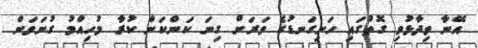
އޭނާ ވިދާޅުވި ގޮތުގައި ހަށިގަނޑުގެ ވަރަށް ގިނަ ކަންކަން ކުރާ މުހިއްމު ގުނަވަން